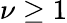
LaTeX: \nu\geq 1